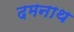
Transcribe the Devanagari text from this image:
दमनाथ